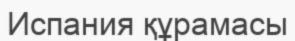
Испания құрамасы